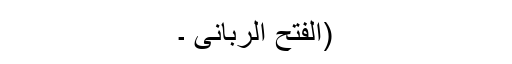
(الفتح الربانی ۔